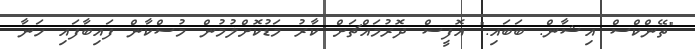
"ތޭންކްސް އިޝާން. ބަބައި." އޮފީސް ދޮރުމައްޗަށް ކާރު މަޑުކޮށްލުމުން މުސްކާން ފައިބާފައި ހަނާ